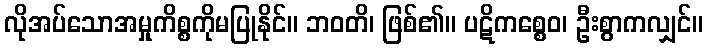
လိုအပ်သောအမှုကိစ္စကိုမပြုနိုင်။ ဘဝတိ၊ ဖြစ်၏။ ပဋိကစ္စေဝ၊ ဦးစွာကလျှင်။